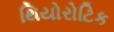
થિયોરોટિક